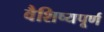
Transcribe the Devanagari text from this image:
वैशिष्यपूर्ण